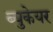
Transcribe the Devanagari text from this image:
ब्युकेयर